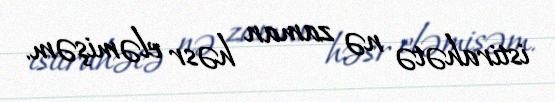
istirahətə nə zaman həsr eləmişəm.